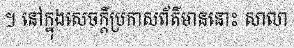
។ នៅក្នុងសេចក្តីប្រកាសព័ត៌មាននោះ សាលា